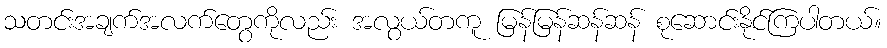
သတင်းအချက်အလက်တွေကိုလည်း အလွယ်တကူ မြန်မြန်ဆန်ဆန် စုဆောင်းနိုင်ကြပါတယ်။